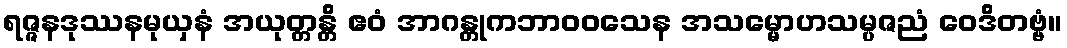
ရဇ္ဇနဒုဿနမုယှနံ အယုတ္တန္တိ ဧဝံ အာဂန္တုကဘာဝဝသေန အသမ္မောဟသမ္ပဇညံ ဝေဒိတဗ္ဗံ။